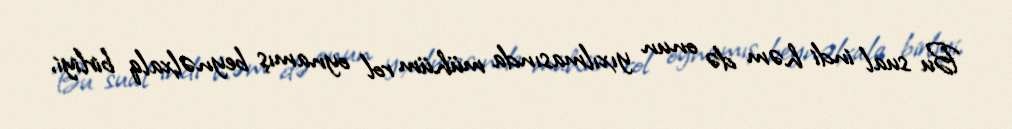
Bu sual indi həm də onun yıxılmasında mühüm rol oynamış beynəlxalq birliyi,